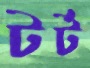
টর্ট